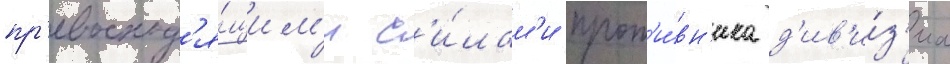
пр'евосход'я́щим'и с'и́лам'и прот'и́вн'ика д'ив'и́з'иа